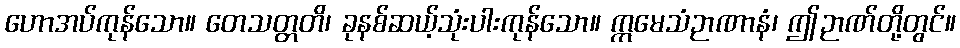
ဟောအပ်ကုန်သော။ တေသတ္တတိ၊ ခုနစ်ဆယ့်သုံးပါးကုန်သော။ ဣမေသံဉာဏာနံ၊ ဤဉာဏ်တို့တွင်။